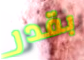
بقدر